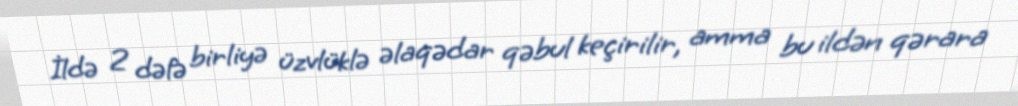
İldə 2 dəfə birliyə üzvlüklə əlaqədar qəbul keçirilir, amma bu ildən qərara